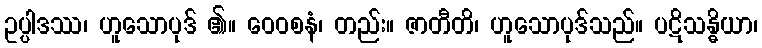
ဥပ္ပါဒဿ၊ ဟူသောပုဒ် ၏။ ဝေဝစနံ၊ တည်း။ ဇာတီတိ၊ ဟူသောပုဒ်သည်။ ပဋိသန္ဓိယာ၊